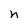
Character: h